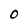
Character: O